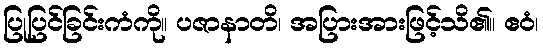
ပြုပြင်ခြင်းကံကို။ ပဇာနာတိ၊ အပြားအားဖြင့်သိ၏။ ဧဝံ၊